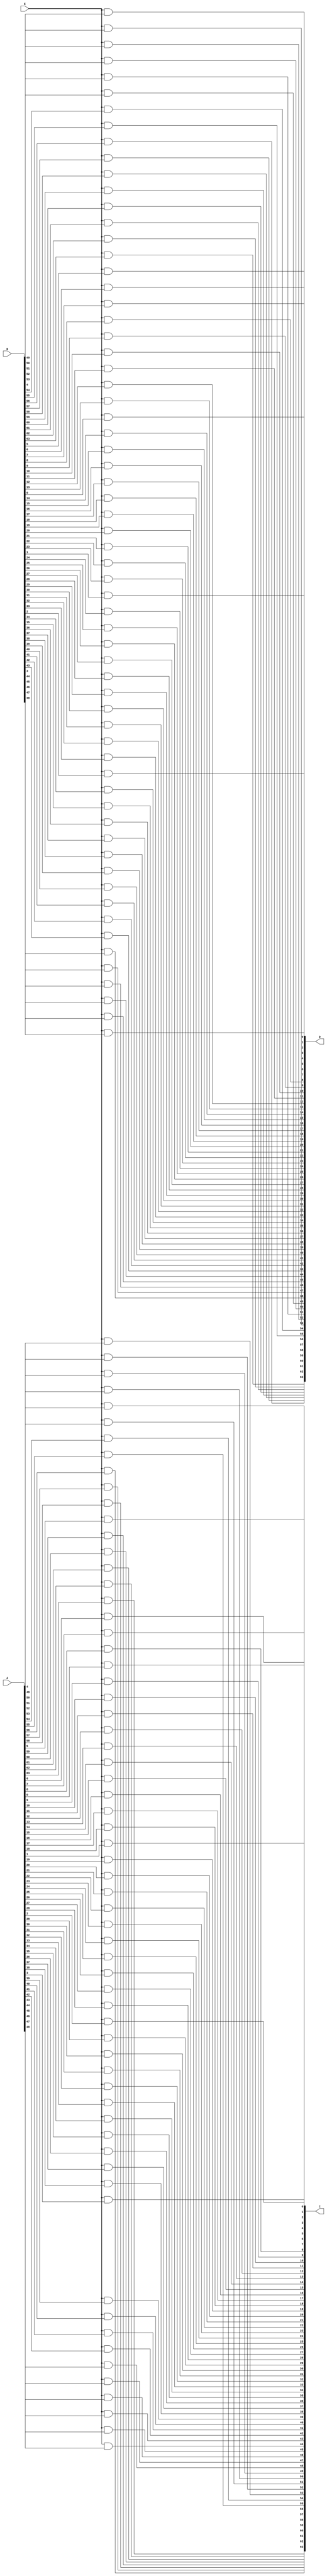
module enable(
    input E,
    input [63:0] A,
    input [63:0] B,
    output reg [63:0] C,
    output reg [63:0] D
);

wire [63:0] C_wire, D_wire;

generate
    genvar i;
    for (i = 0; i < 64; i = i + 1) begin : AND_LOOP
        and andgate1(C_wire[i], E, A[i]);
        and andgate2(D_wire[i], E, B[i]);
    end
endgenerate

always @* begin
    C = C_wire;
    D = D_wire;
end

endmodule